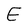
Character: E